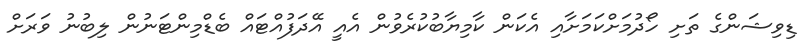
ޑިވިޝަންގެ ތަށި ހޯދުމަށްކަމަށާއި އެކަން ކާމިޔާބުކުރެވުން އެއީ އޭދަފުއްޓައް ބެޑްމިންޓަނުން ލިބުނު ވަރަށް